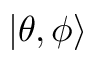
| \theta , \phi \rangle